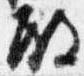
殿